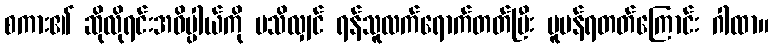
စကား၏ ဆိုလိုရင်းအဓိပ္ပါယ်ကို မသိလျှင် ရန်သူလက်ရောက်တတ်ပြီး ပူပန်ရတတ်ကြောင်း ဂါထာ။